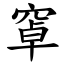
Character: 窧